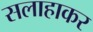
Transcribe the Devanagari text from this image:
सलाहाकर